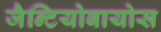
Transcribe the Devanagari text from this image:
जैन्टियोबायोस